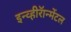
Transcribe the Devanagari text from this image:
इन्व्हीरॅान्मेंटल